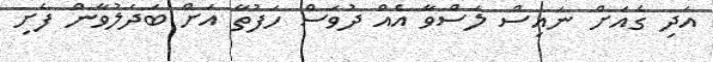
އަދި ގެއަށް ނައިސް ލަސްވާ އެއް ދުވަސް ހަފުތާ އަށް ބަދަލުވާން ފެށި